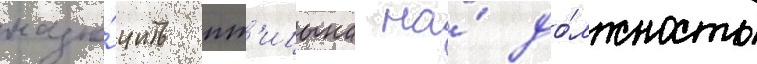
назна́чить пт'ицына на́ до́лжность